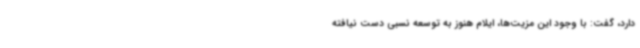
دارد، گفت: با وجود این مزیت‌ها، ایلام هنوز به توسعه نسبی دست نیافته